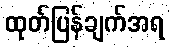
ထုတ်ပြန်ချက်အရ